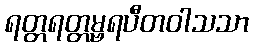
ရတ္တရတ္တမ္ဗရပီတဝါသသာ